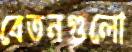
বেতনগুলো